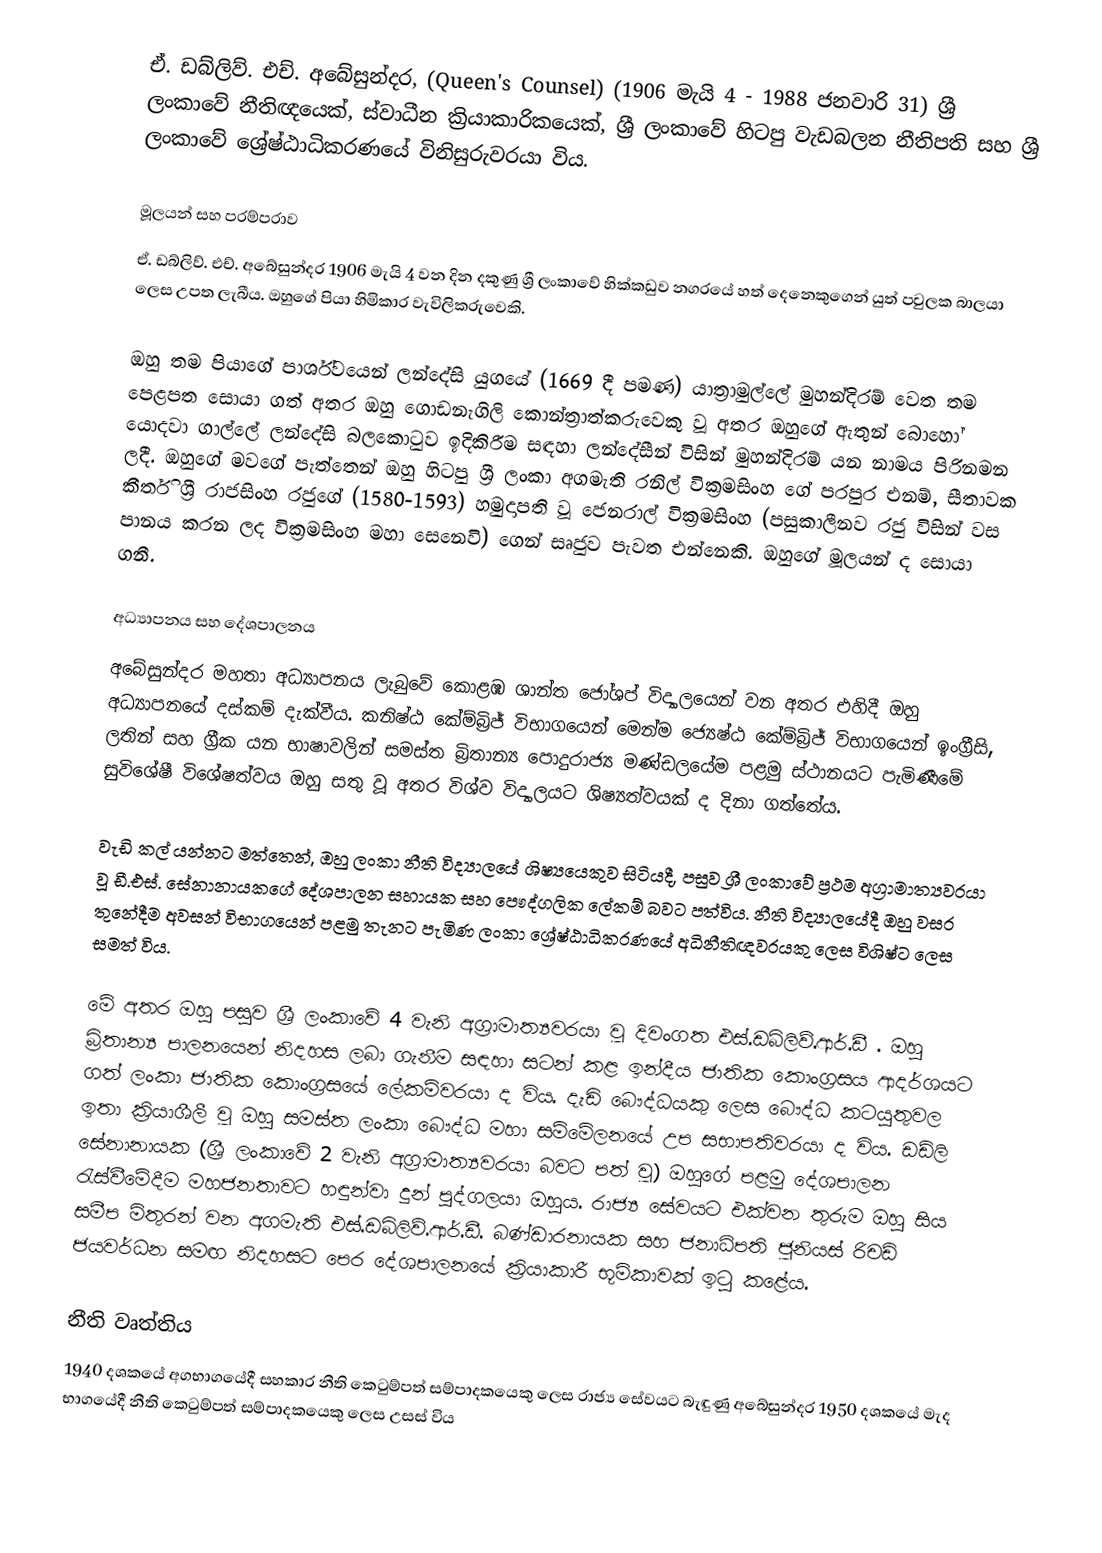
ඒ. ඩබ්ලිව්. එච්. අබේසුන්දර, (Queen's Counsel) (1906 මැයි 4 - 1988 ජනවාරි 31) ශ්‍රී ලංකාවේ නීතිඥයෙක්, ස්වාධීන ක්‍රියාකාරිකයෙක්, ශ්‍රී ලංකාවේ හිටපු වැඩබලන නීතිපති සහ ශ්‍රී ලංකාවේ ශ්‍රේෂ්ඨාධිකරණයේ විනිසුරුවරයා විය.

මූලයන් සහ පරම්පරාව
ඒ. ඩබ්ලිව්. එච්. අබේසුන්දර 1906 මැයි 4 වන දින දකුණු ශ්‍රී ලංකාවේ හික්කඩුව නගරයේ හත් දෙනෙකුගෙන් යුත් පවුලක බාලයා ලෙස උපත ලැබීය. ඔහුගේ පියා හිමිකාර වැවිලිකරුවෙකි.

ඔහු තම පියාගේ පාර්ශ්වයෙන් ලන්දේසි යුගයේ (1669 දී පමණ) යාත්‍රාමුල්ලේ මුහන්දිරම් වෙත තම පෙළපත සොයා ගත් අතර ඔහු ගොඩනැගිලි කොන්ත්‍රාත්කරුවෙකු වූ අතර ඔහුගේ ඇතුන් බොහෝ යොදවා ගාල්ලේ ලන්දේසි බලකොටුව ඉදිකිරීම සඳහා ලන්දේසීන් විසින් මුහන්දිරම් යන නාමය පිරිනමන ලදී. ඔහුගේ මවගේ පැත්තෙන් ඔහු හිටපු ශ්‍රී ලංකා අගමැති රනිල් වික්‍රමසිංහ ගේ පරපුර එනම්, සීතාවක කීර්ති ශ්‍රී රාජසිංහ රජුගේ (1580-1593) හමුදාපති වූ ජෙනරාල් වික්‍රමසිංහ (පසුකාලීනව රජු විසින් වස පානය කරන ලද වික්‍රමසිංහ මහා සෙනෙවි) ගෙන් සෘජුව පැවත එන්නෙකි. ඔහුගේ මූලයන් ද සොයා ගනී.

අධ්‍යාපනය සහ දේශපාලනය
අබේසුන්දර මහතා අධ්‍යාපනය ලැබුවේ කොළඹ ශාන්ත ජෝශප් විද්‍යාලයෙන් වන අතර එහිදී ඔහු අධ්‍යාපනයේ දස්කම් දැක්වීය. කනිෂ්ඨ කේම්බ්‍රිජ් විභාගයෙන් මෙන්ම ජ්‍යෙෂ්ඨ කේම්බ්‍රිජ් විභාගයෙන් ඉංග්‍රීසි, ලතින් සහ ග්‍රීක යන භාෂාවලින් සමස්ත බ්‍රිතාන්‍ය පොදුරාජ්‍ය මණ්ඩලයේම පළමු ස්ථානයට පැමිණීමේ සුවිශේෂී විශේෂත්වය ඔහු සතු වූ අතර විශ්ව විද්‍යාලයට ශිෂ්‍යත්වයක් ද දිනා ගත්තේය.

වැඩි කල් යන්නට මත්තෙන්, ඔහු ලංකා නීති විද්‍යාලයේ ශිෂ්‍යයෙකුව සිටියදී, පසුව ශ්‍රී ලංකාවේ ප්‍රථම අග්‍රාමාත්‍යවරයා වූ ඩී.එස්. සේනානායකගේ දේශපාලන සහායක සහ පෞද්ගලික ලේකම් බවට පත්විය. නීති විද්‍යාලයේදී ඔහු වසර තුනේදීම අවසන් විභාගයෙන් පළමු තැනට පැමිණ ලංකා ශ්‍රේෂ්ඨාධිකරණයේ අධිනීතිඥවරයකු ලෙස විශිෂ්ට ලෙස සමත් විය.

මේ අතර ඔහු පසුව ශ්‍රී ලංකාවේ 4 වැනි අග්‍රාමාත්‍යවරයා වූ දිවංගත එස්.ඩබ්ලිව්.ආර්.ඩී . ඔහු බ්‍රිතාන්‍ය පාලනයෙන් නිදහස ලබා ගැනීම සඳහා සටන් කළ ඉන්දීය ජාතික කොංග්‍රසය ආදර්ශයට ගත් ලංකා ජාතික කොංග්‍රසයේ ලේකම්වරයා ද විය. දැඩි බෞද්ධයකු ලෙස බෞද්ධ කටයුතුවල ඉතා ක්‍රියාශීලී වූ ඔහු සමස්ත ලංකා බෞද්ධ මහා සම්මේලනයේ උප සභාපතිවරයා ද විය. ඩඩ්ලි සේනානායක (ශ්‍රී ලංකාවේ 2 වැනි අග්‍රාමාත්‍යවරයා බවට පත් වූ) ඔහුගේ පළමු දේශපාලන රැස්වීමේදීම මහජනතාවට හඳුන්වා දුන් පුද්ගලයා ඔහුය. රාජ්‍ය සේවයට එක්වන තුරුම ඔහු සිය සමීප මිතුරන් වන අගමැති එස්.ඩබ්ලිව්.ආර්.ඩී. බණ්ඩාරනායක සහ ජනාධිපති ජූනියස් රිචඩ් ජයවර්ධන සමඟ නිදහසට පෙර දේශපාලනයේ ක්‍රියාකාරී භූමිකාවක් ඉටු කළේය.

නීති වෘත්තිය
1940 දශකයේ අගභාගයේදී සහකාර නීති කෙටුම්පත් සම්පාදකයෙකු ලෙස රාජ්‍ය සේවයට බැඳුණු අබේසුන්දර 1950 දශකයේ මැද භාගයේදී නීති කෙටුම්පත් සම්පාදකයෙකු ලෙස උසස් විය